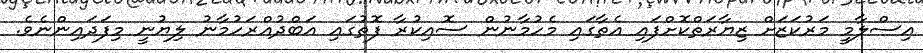
އިސްލާމީ މަރުކަޒަށް ޒިޔާރަތްކޮށްފައި އެތާގައި މެހުމާނުން ސޮއިކުރާ ފޮތުގައި އަބްދުއްރަހުމާނު ލިޔުނީ މިފަދައިންނެވެ.